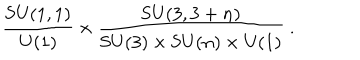
\frac { \mathrm { S U } ( 1 , 1 ) } { \mathrm { U } ( 1 ) } \times \frac { \mathrm { S U } ( 3 , 3 + n ) } { \mathrm { S U } ( 3 ) \times \mathrm { S U } ( n ) \times \mathrm { U } ( 1 ) } ~ .